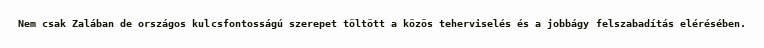
Nem csak Zalában de országos kulcsfontosságú szerepet töltött a közös teherviselés és a jobbágy felszabadítás elérésében.